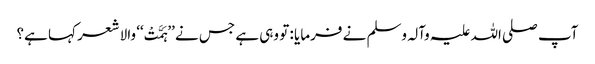
آپ صلی اللہ علیہ وآلہ وسلم نے فرمایا : تو وہی ہے جس نے ’’ہَمَّتْ‘‘ والا شعر کہا ہے؟